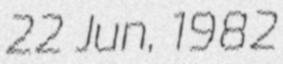
22 Jun, 1982